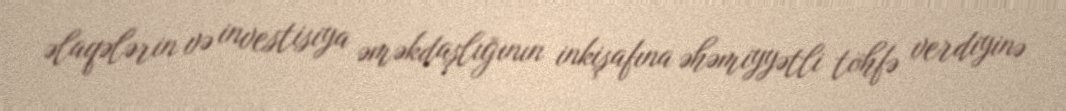
əlaqələrin və investisiya əməkdaşlığının inkişafına əhəmiyyətli töhfə verdiyinə